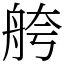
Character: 舿